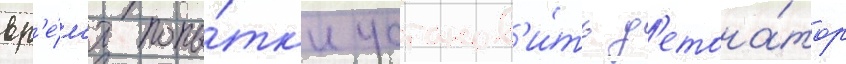
вр'е́м'я попы́тк'и установ'и́ть д'етона́тор